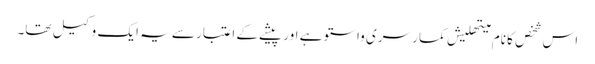
اس شخص کا نام میتھلیش کمار سری واستو ہے اور پیشے کے اعتبار سے یہ ایک وکیل تھا۔